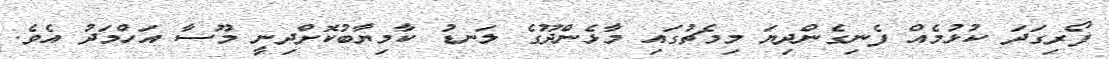
ފޯރިގަދަ ކުޅުމެއް ފެނިގެންދިޔަ މިމެޗުގައި މާޅެންދޫގެ ލަނޑު ކާމިޔާބުކޮށްދިނީ މޫސާ އަހްމަދު އެވެ.